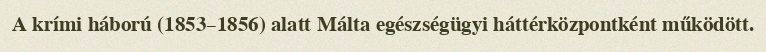
A krími háború (1853–1856) alatt Málta egészségügyi háttérközpontként működött.